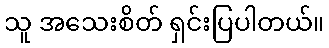
သူ အသေးစိတ် ရှင်းပြပါတယ်။